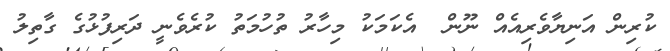
ކުރިން އަނިޔާވެރިއެއް ނޫން  އެކަމަކު މިހާރު ތުހުމަތު ކުރެވެނީ ދަރިފުޅުގެ ގާތިލު